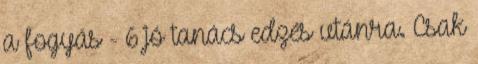
a fogyás - 6 jó tanács edzés utánra. Csak